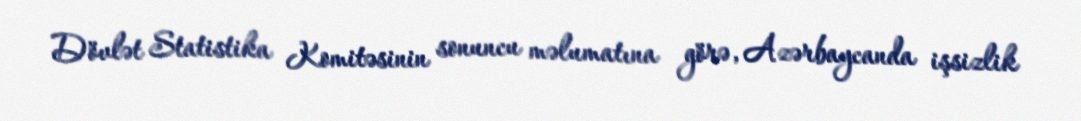
Dövlət Statistika Komitəsinin sonuncu məlumatına görə, Azərbaycanda işsizlik